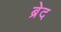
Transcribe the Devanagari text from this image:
ब्रेद